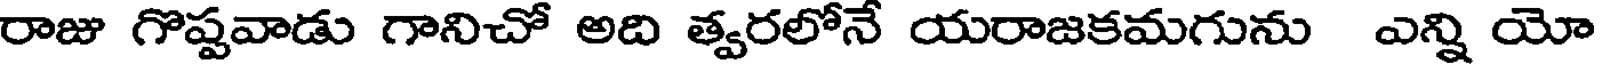
రాజు గొష్టవాడు గానిచో అది త్వరలోనే యరాజకమగును ఎన్ని యో